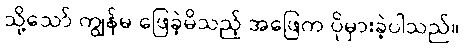
သို့သော် ကျွန်မ ဖြေခဲ့မိသည့် အဖြေက ပိုမှားခဲ့ပါသည်။